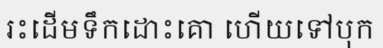
រះដើមទឹកដោះគោ ហើយទៅបុក